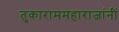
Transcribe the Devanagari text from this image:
तुकाराममहाराजांनीं